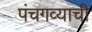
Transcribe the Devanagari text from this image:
पंचगव्याची